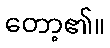
တော့၏။